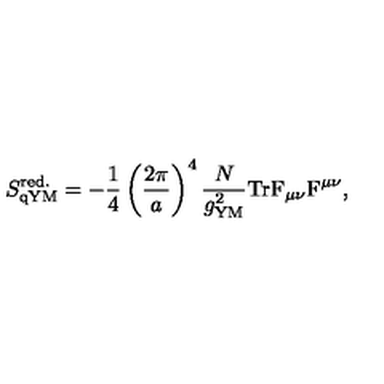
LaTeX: S _ { \mathrm { q Y M } } ^ { \mathrm { r e d . } } = - { \frac { 1 } { 4 } } \left( { \frac { 2 \pi } { a } } \right) ^ { 4 } { \frac { N } { g _ { \mathrm { Y M } } ^ { 2 } } } \mathrm { T r } { \mathrm { \boldmath { F } } } _ { \mu \nu } { \mathrm { \boldmath { F } } } ^ { \mu \nu } ,